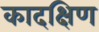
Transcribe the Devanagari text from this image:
कादक्षिण